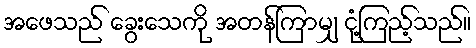
အဖေသည် ခွေးသေကို အတန်ကြာမျှ ငုံ့ကြည့်သည်။